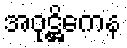
အဝုဋ္ဌိကေန